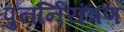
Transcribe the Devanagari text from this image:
पुनर्नियंत्रण